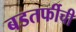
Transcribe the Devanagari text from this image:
बडतर्फीची